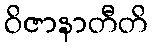
ဝိဇာနာတီတိ